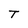
Character: T